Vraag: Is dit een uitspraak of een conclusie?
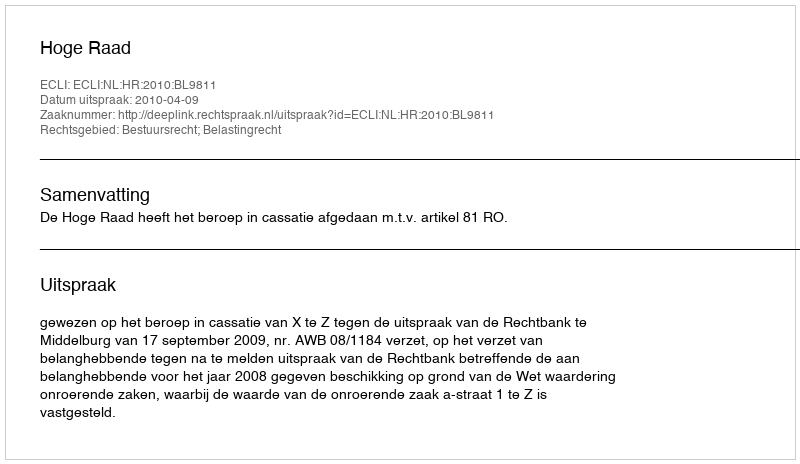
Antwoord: Uitspraak